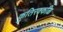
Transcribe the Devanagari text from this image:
कुतिरक्कळि